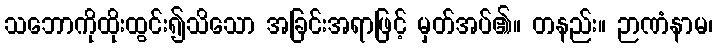
သဘောကိုထိုးထွင်း၍သိသော အခြင်းအရာဖြင့် မှတ်အပ်၏။ တနည်း။ ဉာဏံနာမ၊